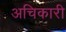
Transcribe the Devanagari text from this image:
अचिकारी